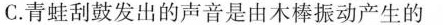
C.青蛙刮鼓发出的声音是由木棒振动产生的